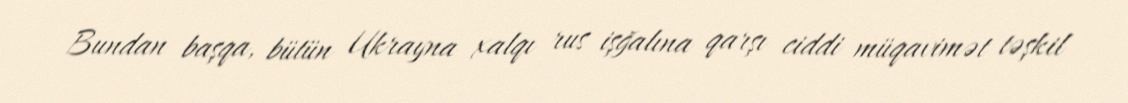
Bundan başqa, bütün Ukrayna xalqı rus işğalına qarşı ciddi müqavimət təşkil